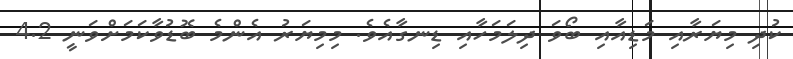
ކުދި މިޔަރާއި މަޑިއާއި ބޯވަ ދިލަމަހާއި ޑިނގާއެވެ. މިމިޔަރު އެންމެ ބޮޑުވާކަމަށްވަނީ 4.2